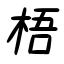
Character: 梧